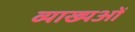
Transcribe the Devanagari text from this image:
व्याख्यओं